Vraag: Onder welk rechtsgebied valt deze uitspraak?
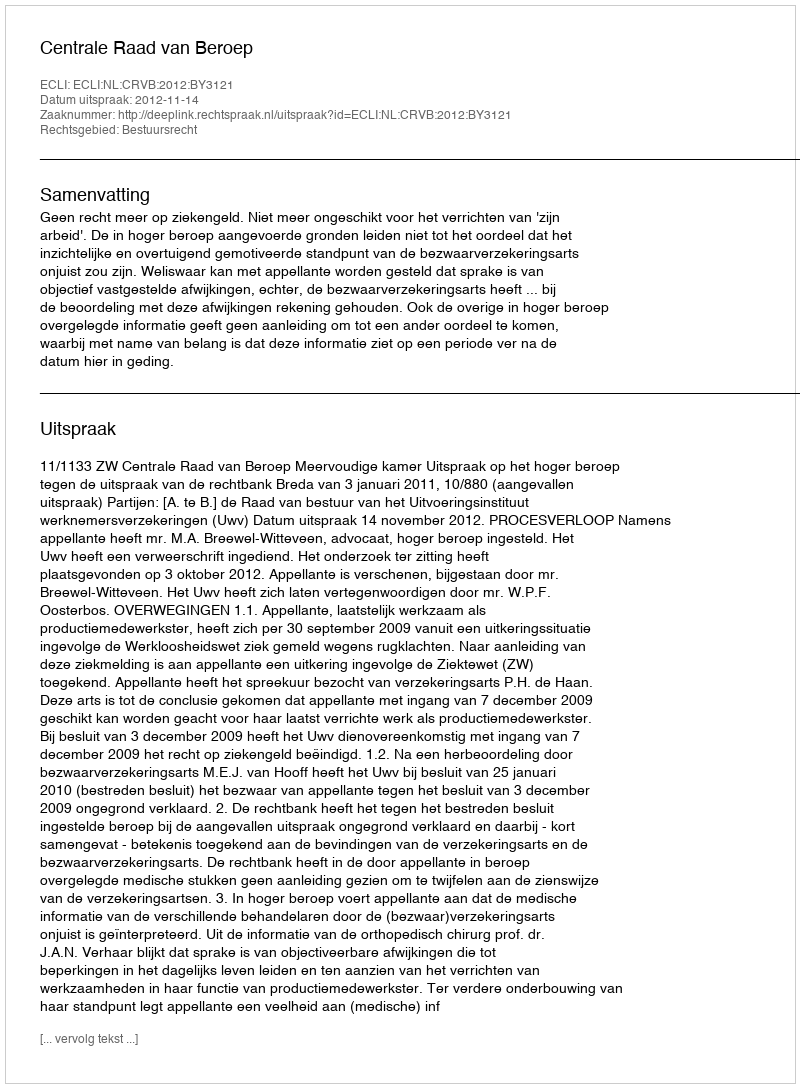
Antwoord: Bestuursrecht